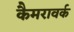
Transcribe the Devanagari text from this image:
कैमरावर्क